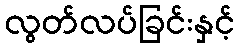
လွတ်လပ်ခြင်းနှင့်